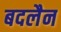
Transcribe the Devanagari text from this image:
बदलैन